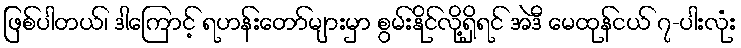
ဖြစ်ပါတယ်၊ ဒါကြောင့် ရဟန်းတော်များမှာ စွမ်းနိုင်လို့ရှိရင် အဲဒီ မေထုန်ငယ် ၇-ပါးလုံး